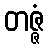
တဇ္ဇံ